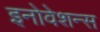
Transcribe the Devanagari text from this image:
इनोवेशन्स